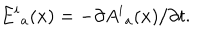
{ E ^ { i } } _ { a } ( x ) = - \partial { A ^ { i } } _ { a } ( x ) / \partial t .